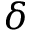
\delta